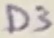
Text: D3